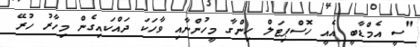
"ސީ އެމްޑާބީ އެއީ ހޮސްޕިޓަލް ހިންގާ މީހުންނާއި ވާހަކަ ދައްކައިގެން މިހާރު ހުރޭ